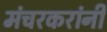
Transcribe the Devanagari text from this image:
मंचरकरांनी